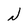
Character: N